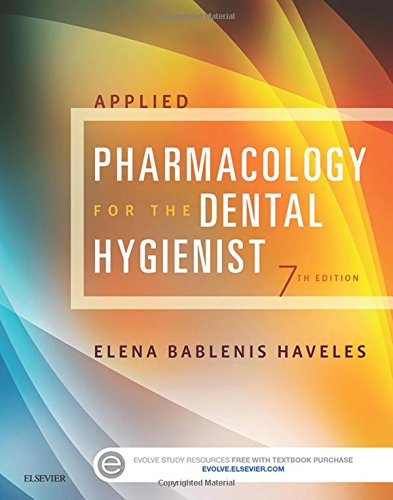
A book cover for Applied Pharmacology for the Dental Hygienist, 7e; Elena Bablenis Haveles BS Pharm  Pharm D; Medical Books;